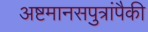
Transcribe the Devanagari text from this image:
अष्टमानसपुत्रांपैकी